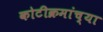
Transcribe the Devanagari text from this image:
कोटीक्रमांच्या